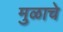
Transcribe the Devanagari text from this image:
मुळाचे